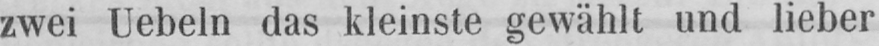
zwei Uebeln das kleinste gewählt und lieber